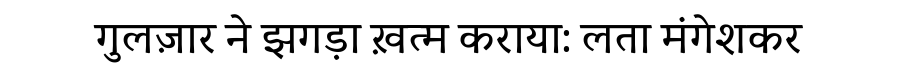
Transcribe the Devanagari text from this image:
गुलज़ार ने झगड़ा ख़त्म कराया: लता मंगेशकर